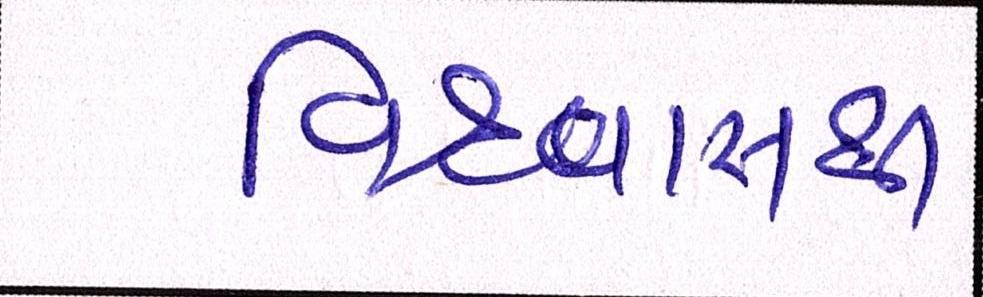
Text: વિશ્વાસથી